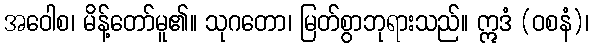
အဝေါစ၊ မိန့်တော်မူ၏။ သုဂတော၊ မြတ်စွာဘုရားသည်။ ဣဒံ (ဝစနံ)၊